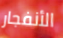
الأنفجار